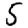
Digit: 5